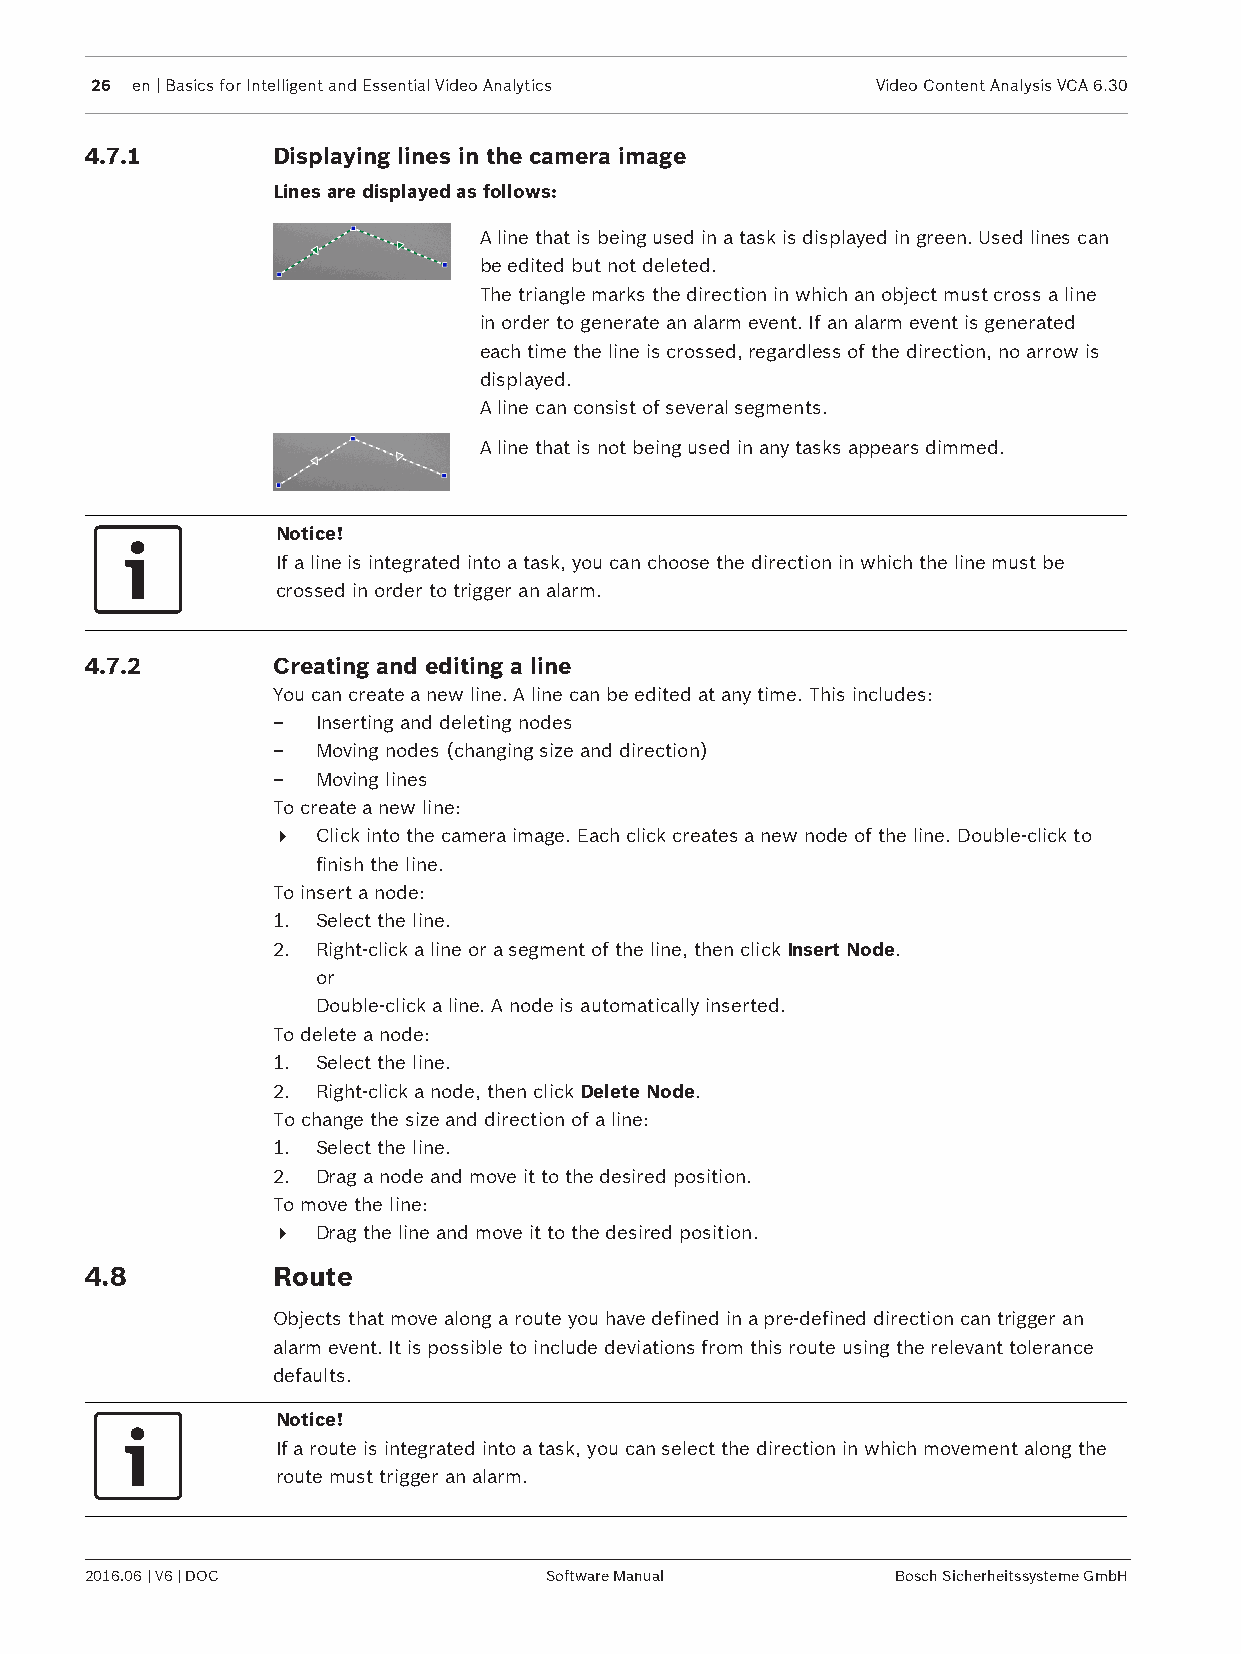
26 en | Basics for Intelligent and Essential Video Analytics Video Content Analysis VCA 6.30
 4.7.1       Displaying lines in the camera image
 Lines are displayed as follows:
 A line that is being used in a task is displayed in green. Used lines can
 be edited but not deleted.
 The triangle marks the direction in which an object must cross a line
 in order to generate an alarm event. If an alarm event is generated
 each time the line is crossed, regardless of the direction, no arrow is
 displayed.
 A line can consist of several segments.
 A line that is not being used in any tasks appears dimmed.
 Notice!
 If a line is integrated into a task, you can choose the direction in which the line must be
 crossed in order to trigger an alarm.
 4.7.2       Creating and editing a line
 You can create a new line. A line can be edited at any time. This includes:
 –  Inserting and deleting nodes
 –  Moving nodes (changing size and direction)
 –  Moving lines
 To create a new line:
 4  Click into the camera image. Each click creates a new node of the line. Double-click to
 finish the line.
 To insert a node:
 1. Select the line.
 2. Right-click a line or a segment of the line, then click Insert Node.
 or
 Double-click a line. A node is automatically inserted.
 To delete a node:
 1. Select the line.
 2. Right-click a node, then click Delete Node.
 To change the size and direction of a line:
 1. Select the line.
 2. Drag a node and move it to the desired position.
 To move the line:
 4  Drag the line and move it to the desired position.
 4.8         Route
 Objects that move along a route you have defined in a pre-defined direction can trigger an
 alarm event. It is possible to include deviations from this route using the relevant tolerance
 defaults.
 Notice!
 If a route is integrated into a task, you can select the direction in which movement along the
 route must trigger an alarm.
 2016.06 | V6 | DOC            Software Manual        Bosch Sicherheitssysteme GmbH